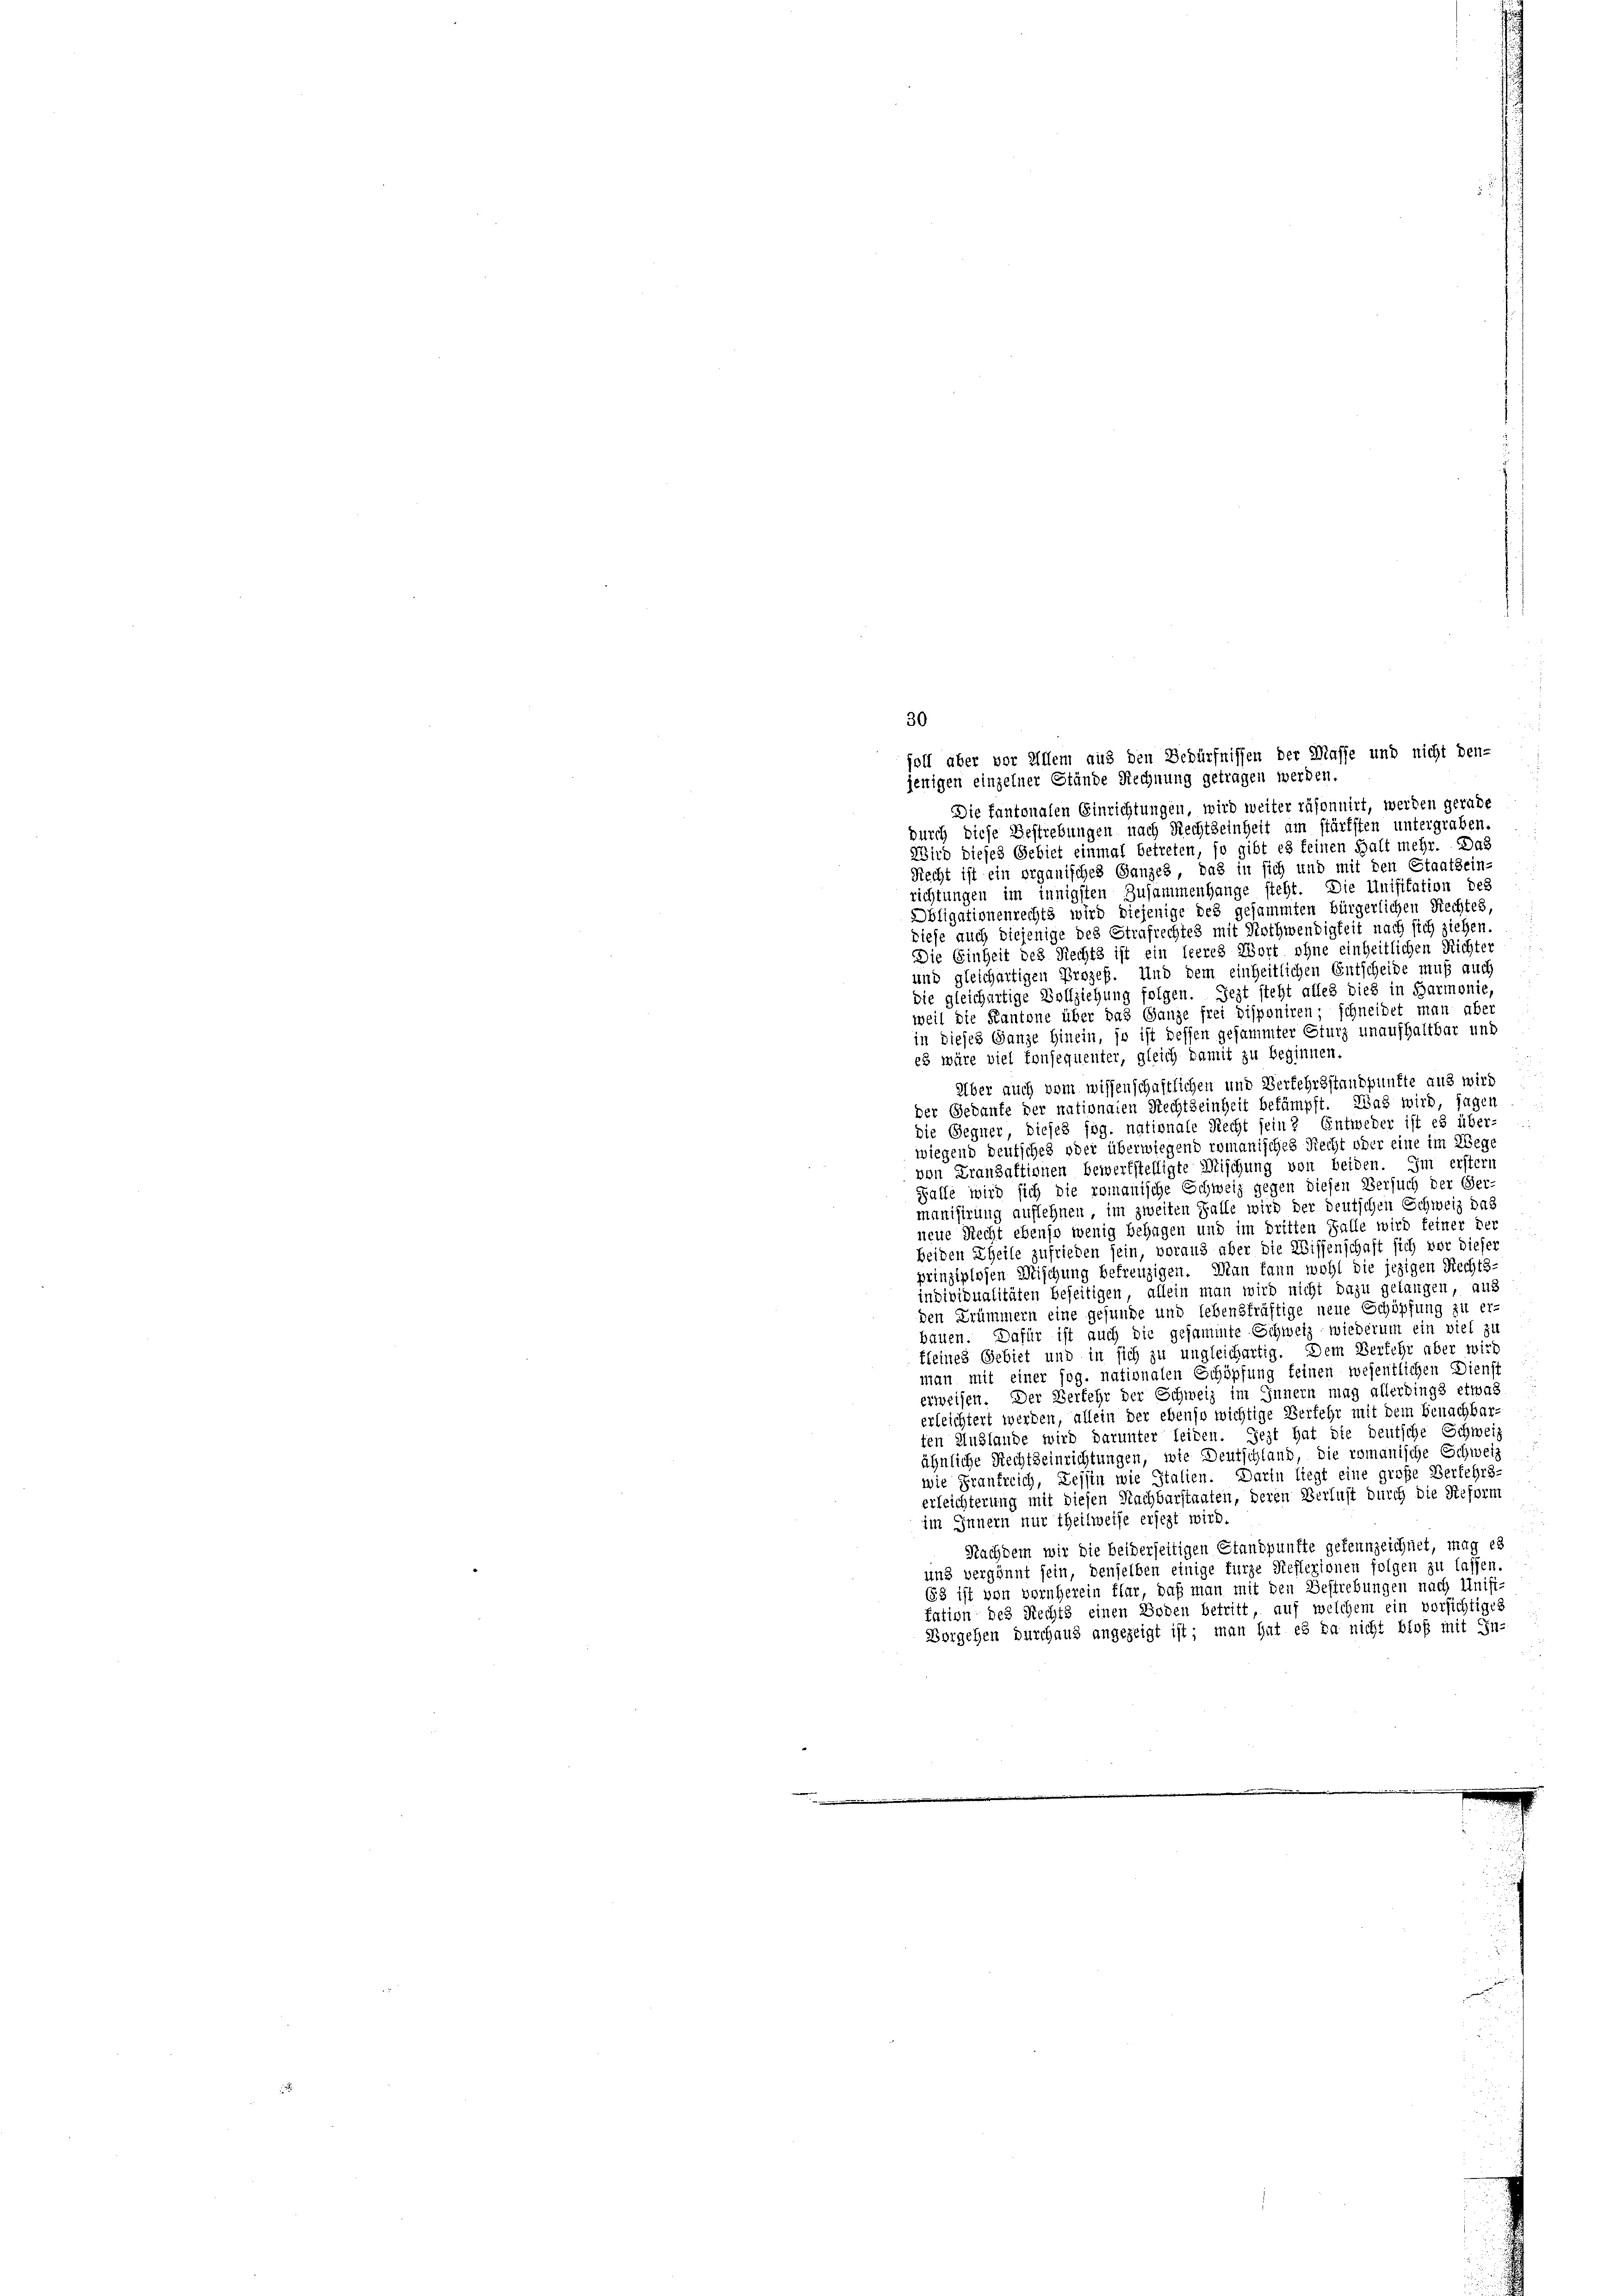
30

foll über vor Allem aus den Bedürfnissen der Masse und nicht den-
jenigen einzelner Stände Rechnung getragen werden.
Die fantonalen Einrichtungen, wird weiter räsonnirt, werden gerade
durch diese Bestrebungen nach Rechtseinheit am stürfften untergraben.
Wird dieses Gebiet einmal betreten, so gibt es keinen Halt mehr. Das
Recht ist ein organisches Ganzes, das in sich und mit den Staatsein-
richtungen im innigsten Zusammenhange steht. Die Unifikation des
Obligationenrechts wird diejenige des gesammten bürgerlichen Rechtes,
diese auch diejenige des Strafrechtes mit Nothwendigkeit nach sich ziehen.
Die Einheit des Rechts ist ein leeres Wort ohne einheitlichen Richter
und gleichartigen Prozeß. Und dem einheitlichen Entscheide muß auch
die gleichartige Vollziehung folgen. Jezt steht alles dies in Harmonie
weil die Kantone über das Ganze frei Disponiren; schneidet man aber
in dieses Ganze hinein, so ist dessen gesammter Sturz unaufhaltbar und
es wäre viel Tonsequenter, gleich damit zu beginnen.
Über auch vom wissenschaftlichen und Verkehrsstandpunkte aus wird
der Gedanke der nationalen Rechtseinheit bekämpft. Was wird, sagen
die Gegner, dieses fog. nationale Recht fein? Entweder ist es über-
wiegend deutscheh oder überwiegend romanisches Recht oder eine im Wege
von Frandaktionen bewertstelligte Mischung von beiden. Im erstern
Falle wird sich die romanische Echweiz gegen diesen Versuch der Ger-
manisirung auflehnen im zweiten Falle wird der deutschen Schweiz das
neue Recht ebenso wenig behagen und im dritten Falle wird feiner der
beiden Theile zufrieden sein, voraus aber die Wissenschaft sich vor dieser
prinziplosen Mischung betreuzigen. Man kann wohl die jezigen Rechts-
individualitäten beseitigen, allein man wird nicht dazu gelangen, aus
den Krümmern eine gefunde und lebenskräftige neue Schöpfung zu er-
bauen. Dafür ist auch die gesammte Schweiz wiederum ein viel zu
kleines Gebiet und in sich zu ungleichartig. Dem Verfehr aber wird
man mit einer sog. nationalen Schöpfung feinen wesentlichen Dienst
erweisen. Der Verkehr der Schweiz im Innern mag allerdings etwas
erleichtert werden, allein der ebenso wichtige Verfehr mit dem Benachbar-
ten Auslande wird darunter leiben. Jezt hat die deutsche Schweiz
ähnliche Rechtseinrichtungen, wie Deutschland, die romanische Schweiz
wie Frankreich, Tessin wie Italien. Darin liegt eine große Verkehrs-
erleichterung mit diesen Nachbarstaaten, deren Verlust durch die Reform
im Innern nur theilweise ersezt wird.
Nachdem wir die beiderseitigen Standpunkte gekennzeichnet, mag es
und vergönnt sein, denselben einige furze Steflexionen folgen zu lassen.
(3 ist von vornherein klar, daß man mit den Bestrebungen nach Unifitation des Rechts einen Boden betritt, auf welchem ein vorsichtiges
Vorgehen durchaus angezeigt ist; man hat es da nicht bloß mit In-